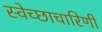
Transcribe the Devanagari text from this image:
स्वेच्छाचारिणी